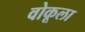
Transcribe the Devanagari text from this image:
वोकूला